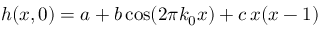
h ( x , 0 ) = a + b \cos ( 2 \pi k _ { 0 } x ) + c \, x ( x - 1 )